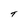
Character: T